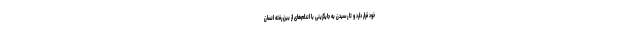
خود قرار دارد و تا رسیدن به جایگزینی با اندام‌های از بین رفته انسان